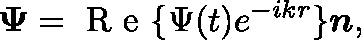
\mathbf { \Psi } = \textrm { R e } \{ \Psi ( t ) e ^ { - i k r } \} \boldsymbol { n } ,